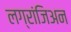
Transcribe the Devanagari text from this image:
लग्रांजिअन